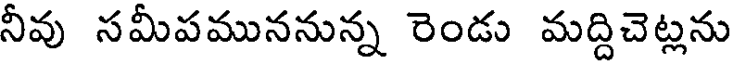
నీవు సమీపముననున్న రెండు మద్దిచెట్లను